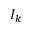
I _ { k }